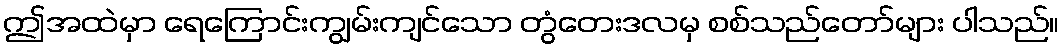
ဤအထဲမှာ ရေကြောင်းကျွမ်းကျင်သော တွံတေးဒလမှ စစ်သည်တော်များ ပါသည်။